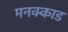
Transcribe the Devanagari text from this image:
मनक्काड